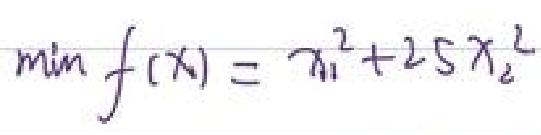
$\min f(x)=x_{1}^{2}+25x_{2}^{2}$